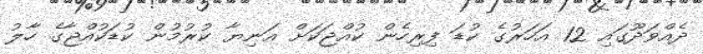
ދެއްވަދޫގައި 12 އަހަރުގެ ކުޑަ ފިރިހެން ކުއްޖަކަށް އަނިޔާ ކުރުމުން ކުޑަކުއްޖާގެ ހާލު